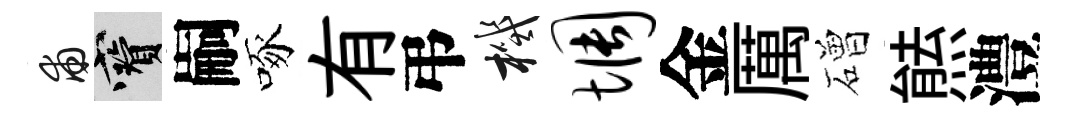
甫寶嗣啄有弔機惆金厲磳㷱澧